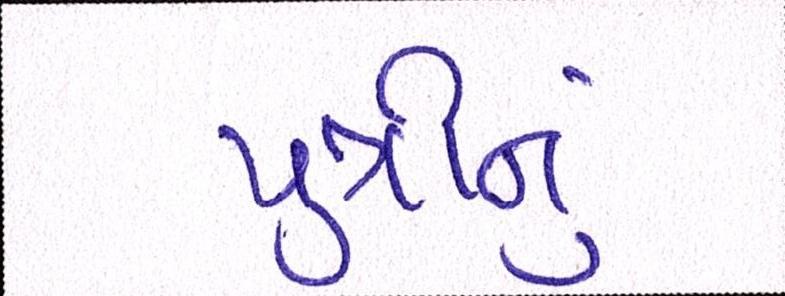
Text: પુત્રીનું